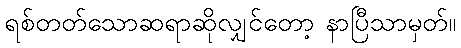
ရစ်တတ်သောဆရာဆိုလျှင်တော့ နာပြီသာမှတ်။